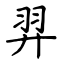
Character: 羿